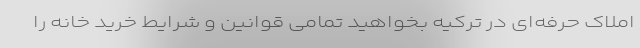
املاک حرفه‌ای در ترکیه بخواهید تمامی قوانین و شرایط خرید خانه را